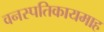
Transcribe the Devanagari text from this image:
वनस्पतिकायमाह